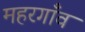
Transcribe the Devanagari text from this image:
महरगाँव